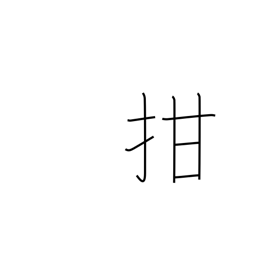
Meaning: shut one's mouth